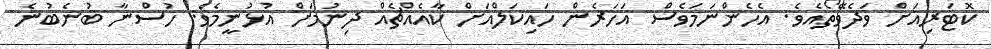
ކޮޓަރިއަށް ވަދެވޭތޯއެވެ. އެހެންނަމަވެސް އަހަރެން ހައިކަލްއަށް ކާއެއްޗެއް ދިނުމަށް އުޅުނީމެވެ. ހުސްނާ ބުނެބުނެ